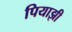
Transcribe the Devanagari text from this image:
पियाझी